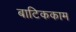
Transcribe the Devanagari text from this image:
बाटिककाम